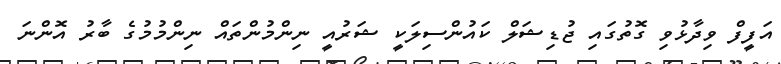
އަފީފް ވިދާޅުވި ގޮތުގައި ޖުޑިޝަލް ކައުންސިލަކީ ޝަރުއީ ނިންމުންތައް ނިންމުމުގެ ބާރު އޮންނަ